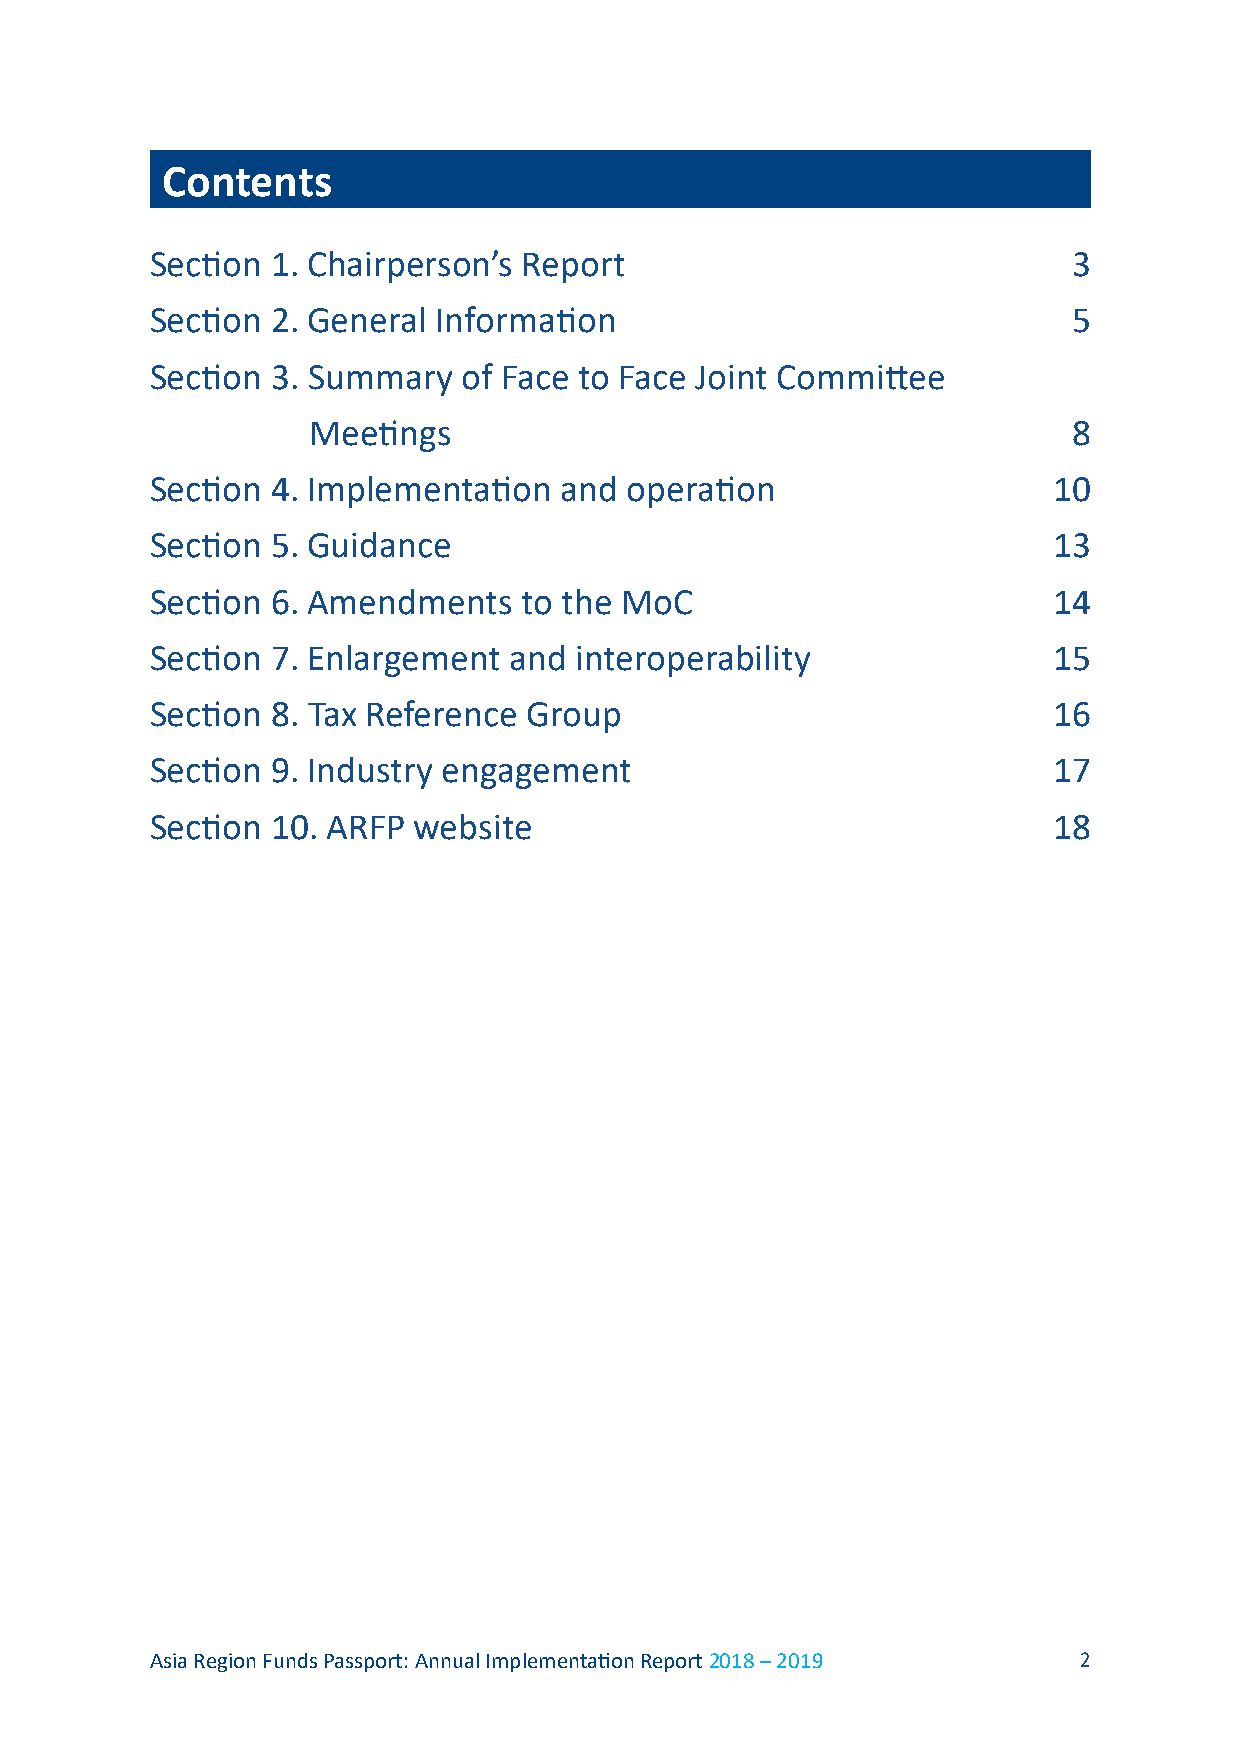
Contents
 Section 1. Chairperson’s Report                              3
 Section 2. General Information                               5
 Section 3. Summary   of Face to Face Joint Committee
 Meetings                                           8
 Section 4. Implementation  and operation                    10
 Section 5. Guidance                                         13
 Section 6. Amendments   to the MoC                          14
 Section 7. Enlargement  and interoperability                15
 Section 8. Tax Reference Group                              16
 Section 9. Industry engagement                              17
 Section 10. ARFP website                                    18
 Asia Region Funds Passport: Annual Implementation Report 2018 – 2019 2